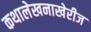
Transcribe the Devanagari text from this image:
कथालेखनाखेरीज